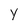
Character: Y